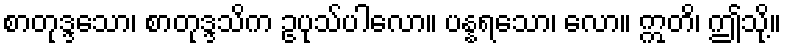
စာတုဒ္ဒသော၊ စာတုဒ္ဒသိက ဥပုသ်ပါလော။ ပန္နရသော၊ လော။ ဣတိ၊ ဤသို့။